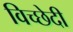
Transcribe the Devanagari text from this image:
विच्छेदी